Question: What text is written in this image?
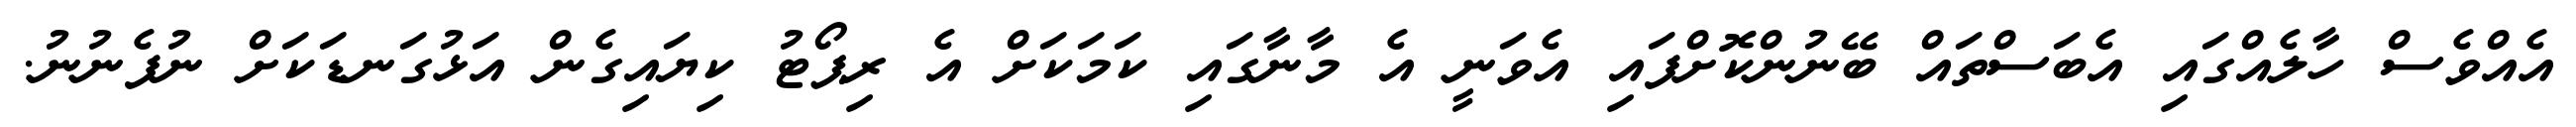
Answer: އެއްވެސް ހާލެއްގައި އެބަސްތައް ބޭނުންކޮށްފައި އެވަނީ އެ މާނާގައި ކަމަކަށް އެ ރިޕޯޓު ކިޔައިގެން އަޅުގަނޑަކަށް ނުފެނުނު.